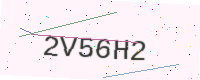
Text: 2V56H2